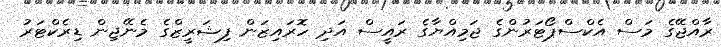
ރާއްޖޭގެ މަސް އެކްސްޕޯޓަރުންގެ ޖަމިއްޔާގެ ރައީސް އަދި ހޮރައިޒަން ފިޝަރީޒްގެ މެނޭޖިން ޑިރެކްޓަރު